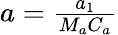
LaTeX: \begin{array}{r}{a=\frac{a_{1}}{M_{a}C_{a}}}\end{array}